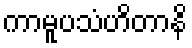
ကာမူပသံဟိတာနိ